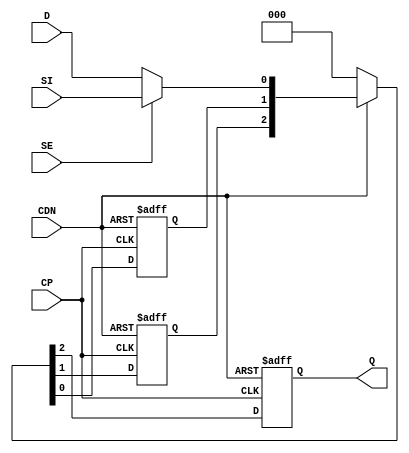
// SPDX-License-Identifier: Apache-2.0
// Copyright (C) 2019 Intel Corporation. All rights reserved
module aibcr3_sync_3ff (CDN, CP, D, SE, SI, Q);
    input CDN, CP, D, SE, SI;
    output reg Q;
    wire data;
    reg flop_1,flop_0;

        assign data = SE ?  SI : D ; 
	
	always @(posedge CP or negedge CDN)
		if (!CDN) {Q,flop_1,flop_0} <= 0;
		else if (CDN) {Q,flop_1,flop_0} <= {flop_1,flop_0,data};
		else {Q,flop_1,flop_0} <= 0;
endmodule